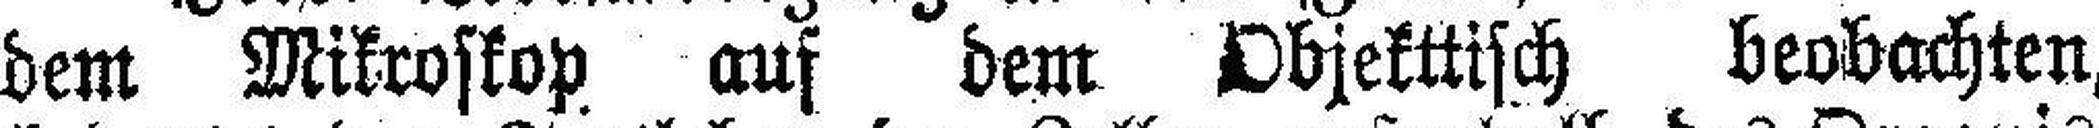
dem Mikroskop auf dem Objekttisch beobachten,